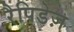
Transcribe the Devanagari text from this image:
रैपिडेज़